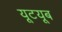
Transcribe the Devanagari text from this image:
यूटयूब